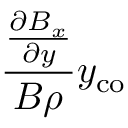
\frac { \frac { \partial B _ { x } } { \partial y } } { B \rho } y _ { \mathrm { c o } }